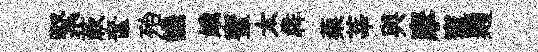
緊蔌奩殆譏娥蜜太犇蔾莘與摩竈麹